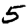
Digit: 5